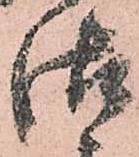
御